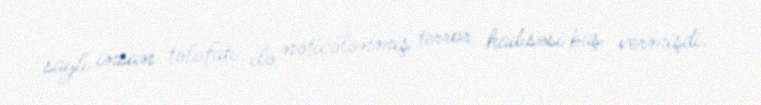
saylı insan tələfatı ilə nəticələnmiş terror hadisəsi baş vermişdi.